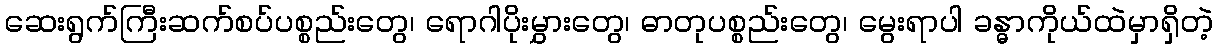
ဆေးရွက်ကြီးဆက်စပ်ပစ္စည်းတွေ၊ ရောဂါပိုးမွှားတွေ၊ ဓာတုပစ္စည်းတွေ၊ မွေးရာပါ ခန္ဓာကိုယ်ထဲမှာရှိတဲ့